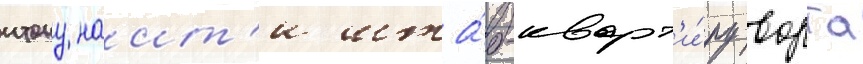
итону наит'и шта́б-кварт'и́ру ворта